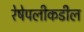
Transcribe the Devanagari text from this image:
रेषेपलीकडील